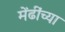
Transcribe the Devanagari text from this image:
मेंढींच्या